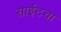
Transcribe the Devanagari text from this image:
साईटचा